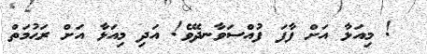
! މިއަޅާ އަށް ފާފަ ފުއްސަވާނދޭވެ! އަދި މިއަޅާ އަށް ރަޙުމަތް